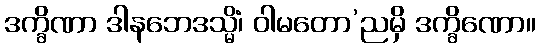
ဒက္ခိဏာ ဒါနဘေဒသ္မိံ၊ ဝါမတော’ညမှိ ဒက္ခိဏော။